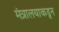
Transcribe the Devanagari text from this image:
मंत्रालयाकडून